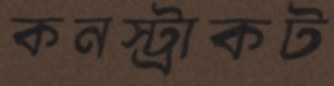
কনস্ট্রাকট